Vaccine operations Central Provinces & Berar 1912-1920 - 1912-1920
Year: 1912
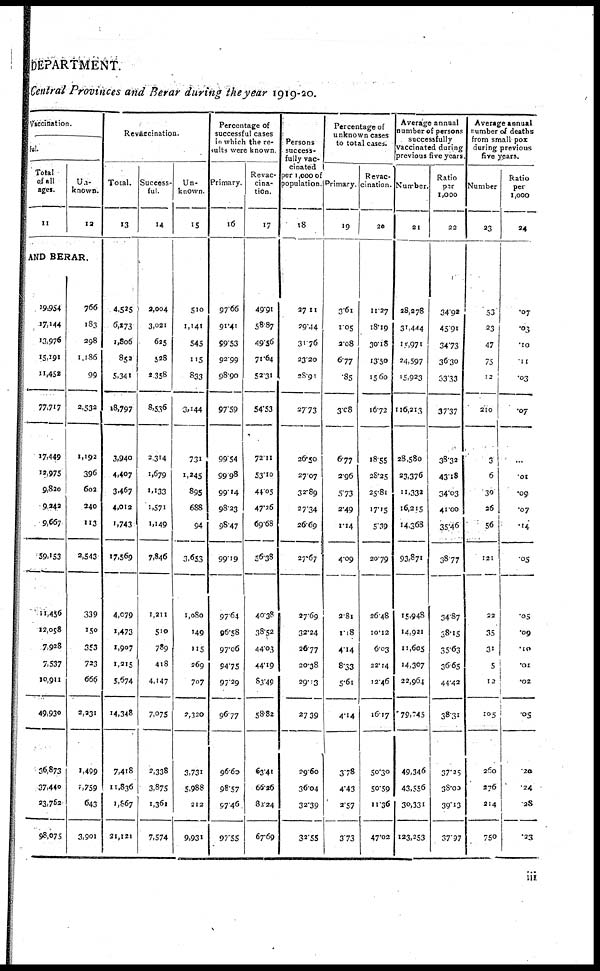
DEPARTMENT.
Central Provinces and Berar during the year 1919-20.
Vaccination.
ful.
Total
of all
ages.
11
Un-
known.
12
AND BERAR.
19,954
17,144
13,976
15,191
11,452
77,717
17,449
12,975
9,820
9,242
9,667
59,153
11,456
12,098
7,928
7,537
10,911
49,930
36,873
37,440
23,762
98,075
766
183
298
1,186
99
2,532
1,192
396
602
240
113
2,543
339
150
353
723
666
2,231
1,499
1,759
643
3,901
Revaccination.
Total.
13
4,525
6,273
1,806
852
5,341
18,797
3,940
4,407
3,467
4,012
1,743
17,569
4,079
1,473
1,907
1,215
5,674
14,348
7,418
11,836
1,867
31,121
Success-
ful.
14
2,004
3,021
625
528
2,358
8,536
2,314
1,679
1,133
1,571
1,149
7,846
1,211
510
789
418
4,147
7,075
2,338
3,875
1,361
7,574
Un-
known.
15
510
1,141
545
115
833
3,144
731
1,245
895
688
94
3,653
1,080
149
115
269
707
2,320
3,731
5,988
212
9,931
Percentage of
successful cases
in which the re¬
sults were known
Primary.
16
97.66
91.41
99.53
92.99
98.90
97.59
99.54
99.98
99.14
98.23
98.47
99.19
97.64
96.58
97.06
94.75
97.29
96.77
96.60
98.57
97.46
97.55
Revac-
cina-
tion.
17
49.91
58.87
49.56
71.64
52.31
54.53
72.11
53.10
44.05
47.76
69.68
56.38
40.38
38.52
44.03
44.19
83.49
58.82
63.41
66.26
82.24
67.69
Persons
success-
fully vac-
cinated
per 1,000 of
population.
18
27.11
29.44
31.76
23.20
28.91
27.73
26.50
27.07
32.89
27.34
26.69
27.67
27.69
32.24
26.77
20.38
29.13
27.39
29.60
36.04
32.39
32.55
Percentage of
unknown cases
to total cases.
Primary.
19
3.61
1.05
2.08
6.77
.85
3.08
6.77
2.96
5.73
2.49
1.14
4.09
2.81
1.18
4.14
8.33
5.61
4.14
3.78
4.43
2.57
3.73
Revac-
cination.
20
11.27
18.19
30.18
13.50
15.60
16.72
18.55
28.25
25.81
17.15
5.39
20.79
26.48
10.12
6.03
22.14
12.46
16.17
50.30
50.59
11.36
47.02
Average annual
number of persons
successfully
vaccinated during
previous five years.
Number.
21
28,278
31,444
15,971
24,597
15,923
116,213
28,580
23,376
11,332
16,215
14,368
93,871
15,948
14,921
11,605
14,307
22,964
79,745
49,346
43,556
30,331
123,253
Ratio
per
1,000
22
34.92
45.91
34.73
36.30
33.33
37.37
38.32
43.18
34.03
41.00
35.46
38.77
34.87
38.15
35.63
36.65
44.42
38.31
37.25
38.00
39.13
37.97
Average annual
number of deaths
from small pox
during previous
five years.
Number
23
53
23
47
75
12
210
3
6
30
26
56
121
22
35
31
5
12
105
260
276
214
750
Ratio
per
1,000
24
.07
.03
.10
.11
.03
.07
...
.01
.09
.07
.14
.05
.05
.09
.10
.01
.02
.05
.20
.24
.28
.23
iii